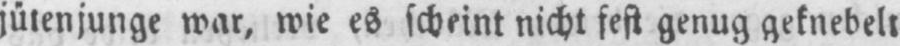
jütenjunge war, wie es scheint nicht fest genug geknebelt